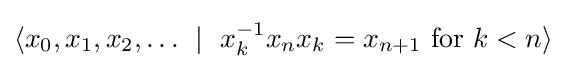
\langle x_{0},x_{1},x_{2},\dots \ \mid \ x_{k}^{-1}x_{n}x_{k}=x_{n+1}\ \mathrm {for} \ k<n\rangle